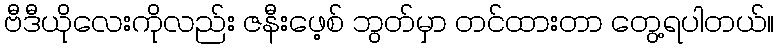
ဗီဒီယိုလေးကိုလည်း ဇနီးဖေ့စ် ဘွတ်မှာ တင်ထားတာ တွေ့ရပါတယ်။